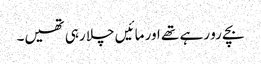
بچے رو رہے تھے اور مائیں چلا رہی تھیں۔